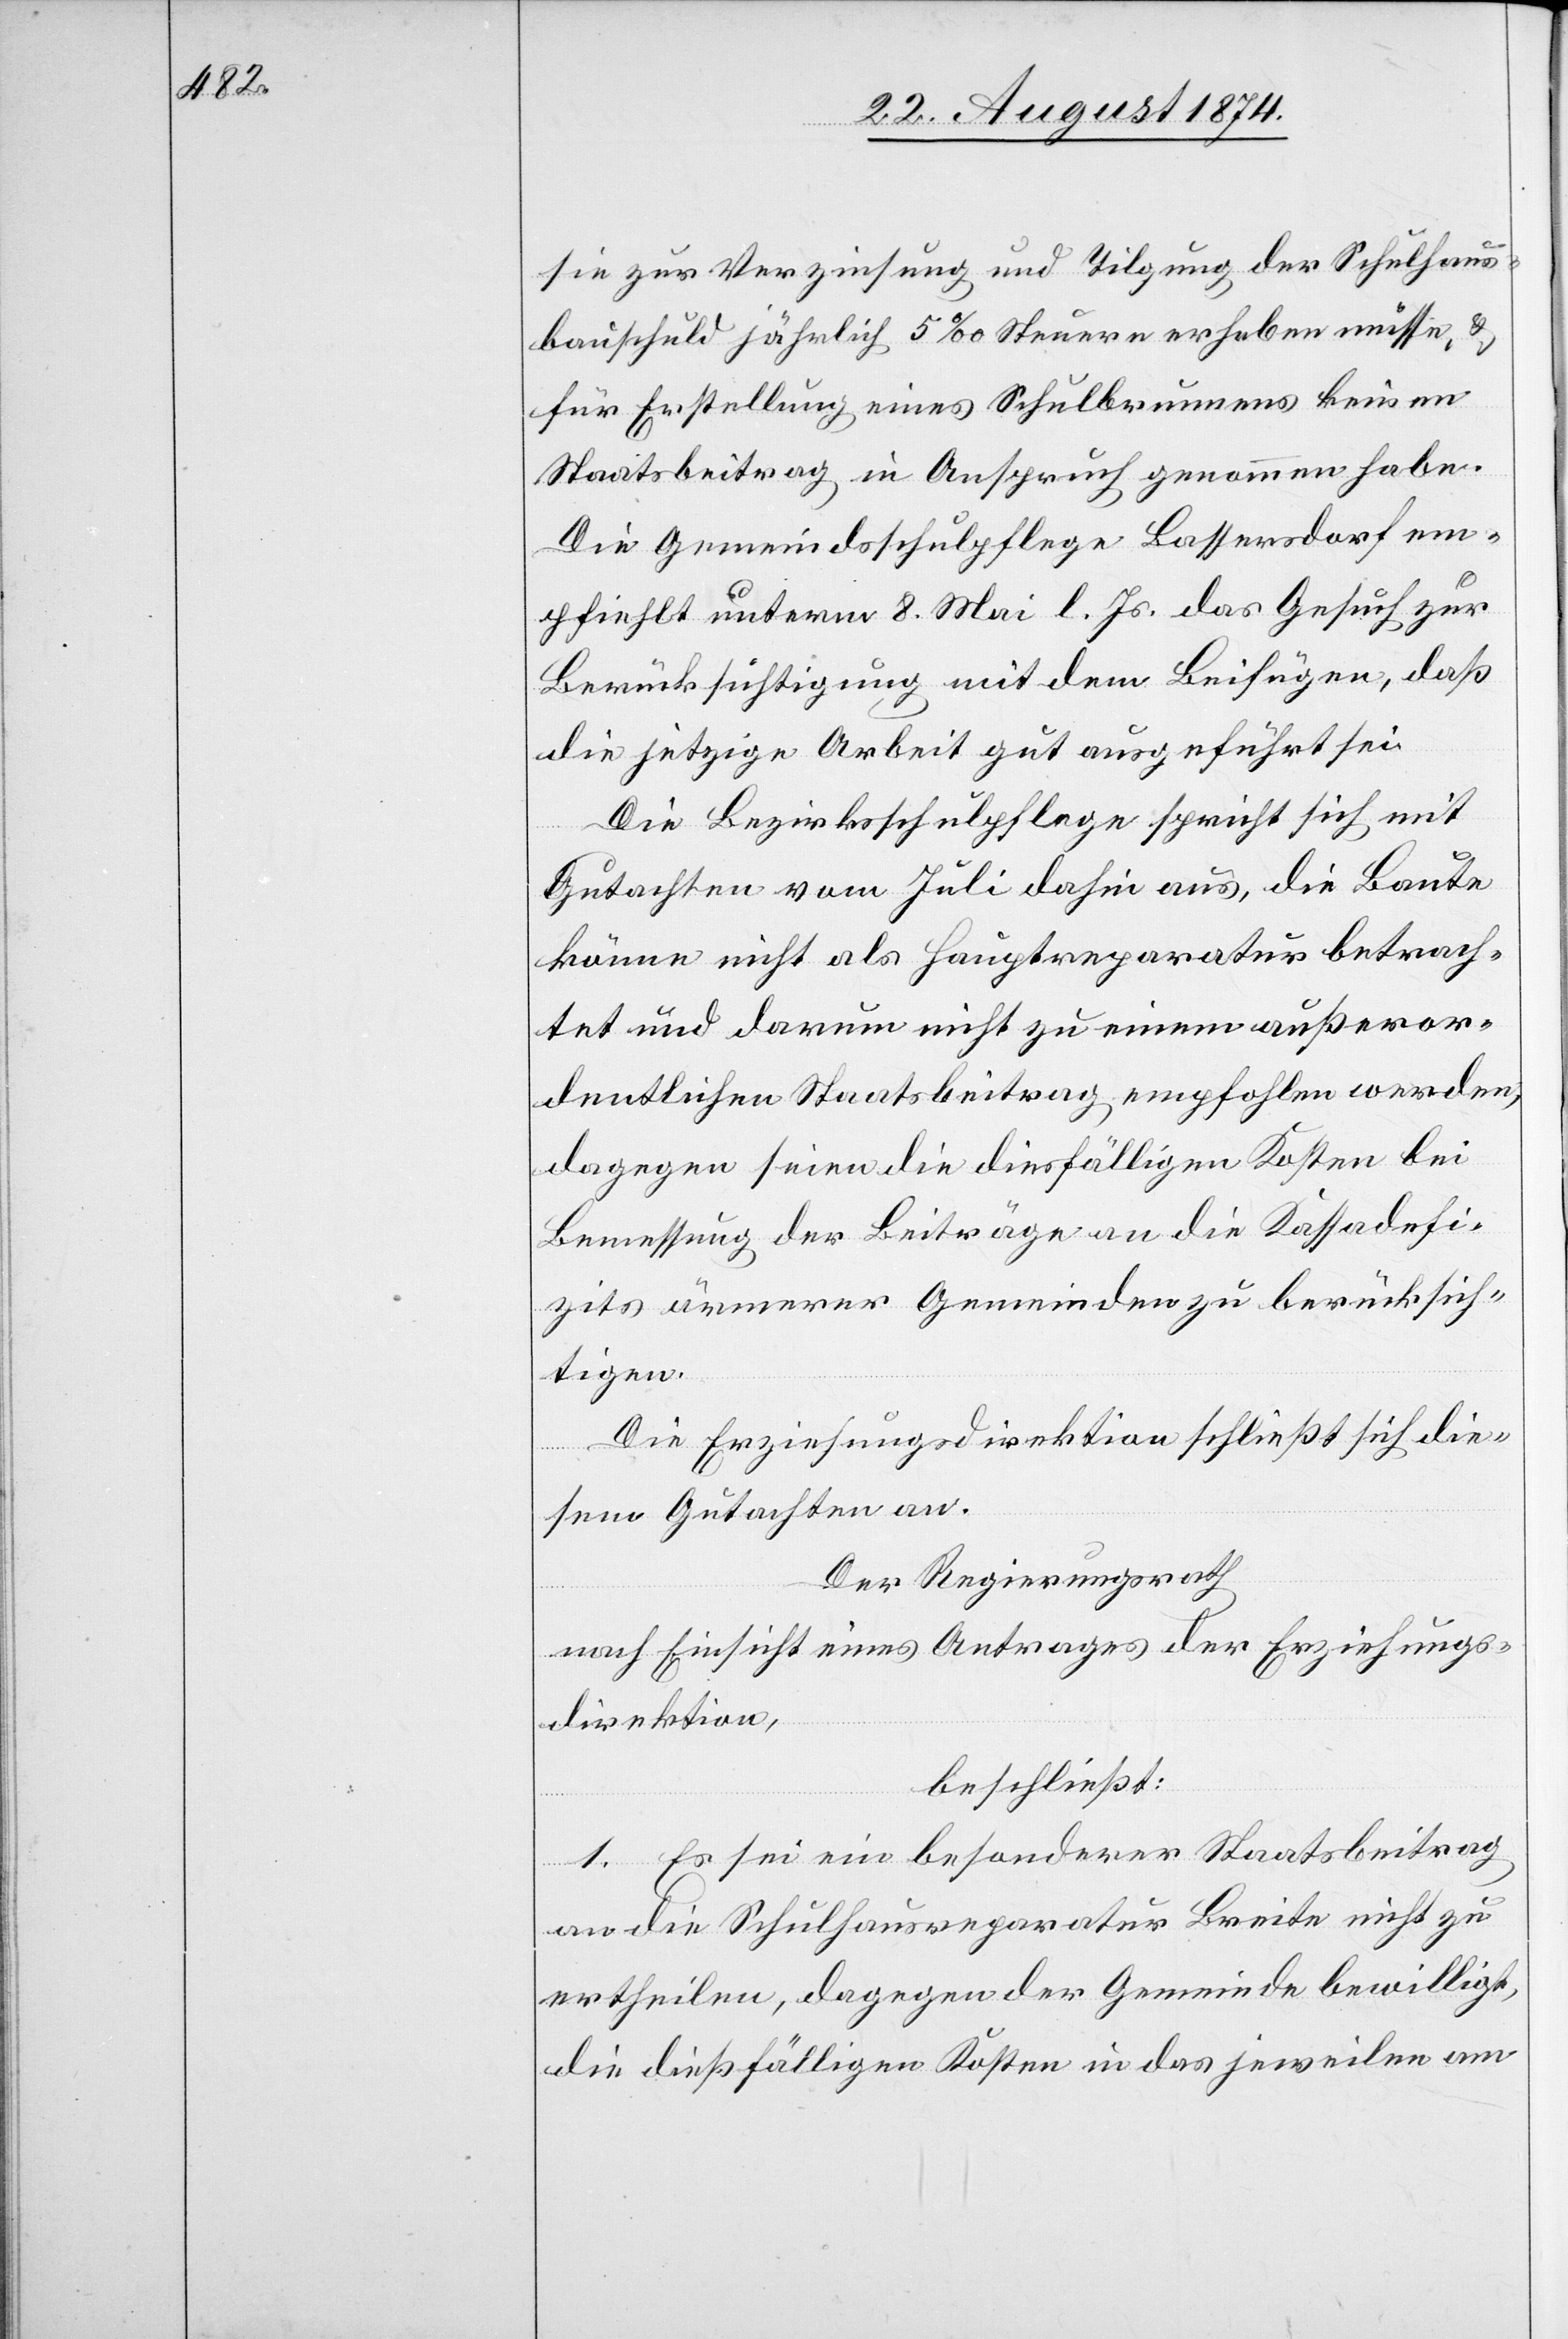
sie zur Verzinsung und Tilgung der Schulhaus¬
bauschuld jährlich 5‰ Steuern erheben müsse, u.
für Erstellung eines Schulbrunnens keinen
Staatsbeitrag in Anspruch genommen habe.
Die Gemeindsschulpflege Bassersdorf em¬
pfiehlt unterm 8. Mai l. Js. das Gesuch zur
Berücksichtigung mit dem Beifügen, daß
die jetzige Arbeit gut ausgeführt sei.
Die Bezirksschulpflege spricht sich mit
Gutachten vom Juli dahin aus, die Baute
könne nicht als Hauptreparatur betrach¬
tet und darum nicht zu einem außeror¬
dentlichen Staatsbeitrag empfohlen werden,
dagegen seinen die diesfälligen Kosten bei
Bemessung der Beiträge an die Kassadefi¬
zits ärmerer Gemeinden zu berücksich¬
tigen.
Die Erziehungsdirektion schließt sich die¬
sem Gutachten an.
Der Regierungsrath
nach Einsicht eines Antrages der Erziehungs¬
direktion,
beschließt:
1. Es sei ein besonderer Staatsbeitrag
an die Schulhausreparatur Breite nicht zu
ertheilen, dagegen der Gemeinde bewilligt,
die dießfälligen Kosten in das jeweilen am